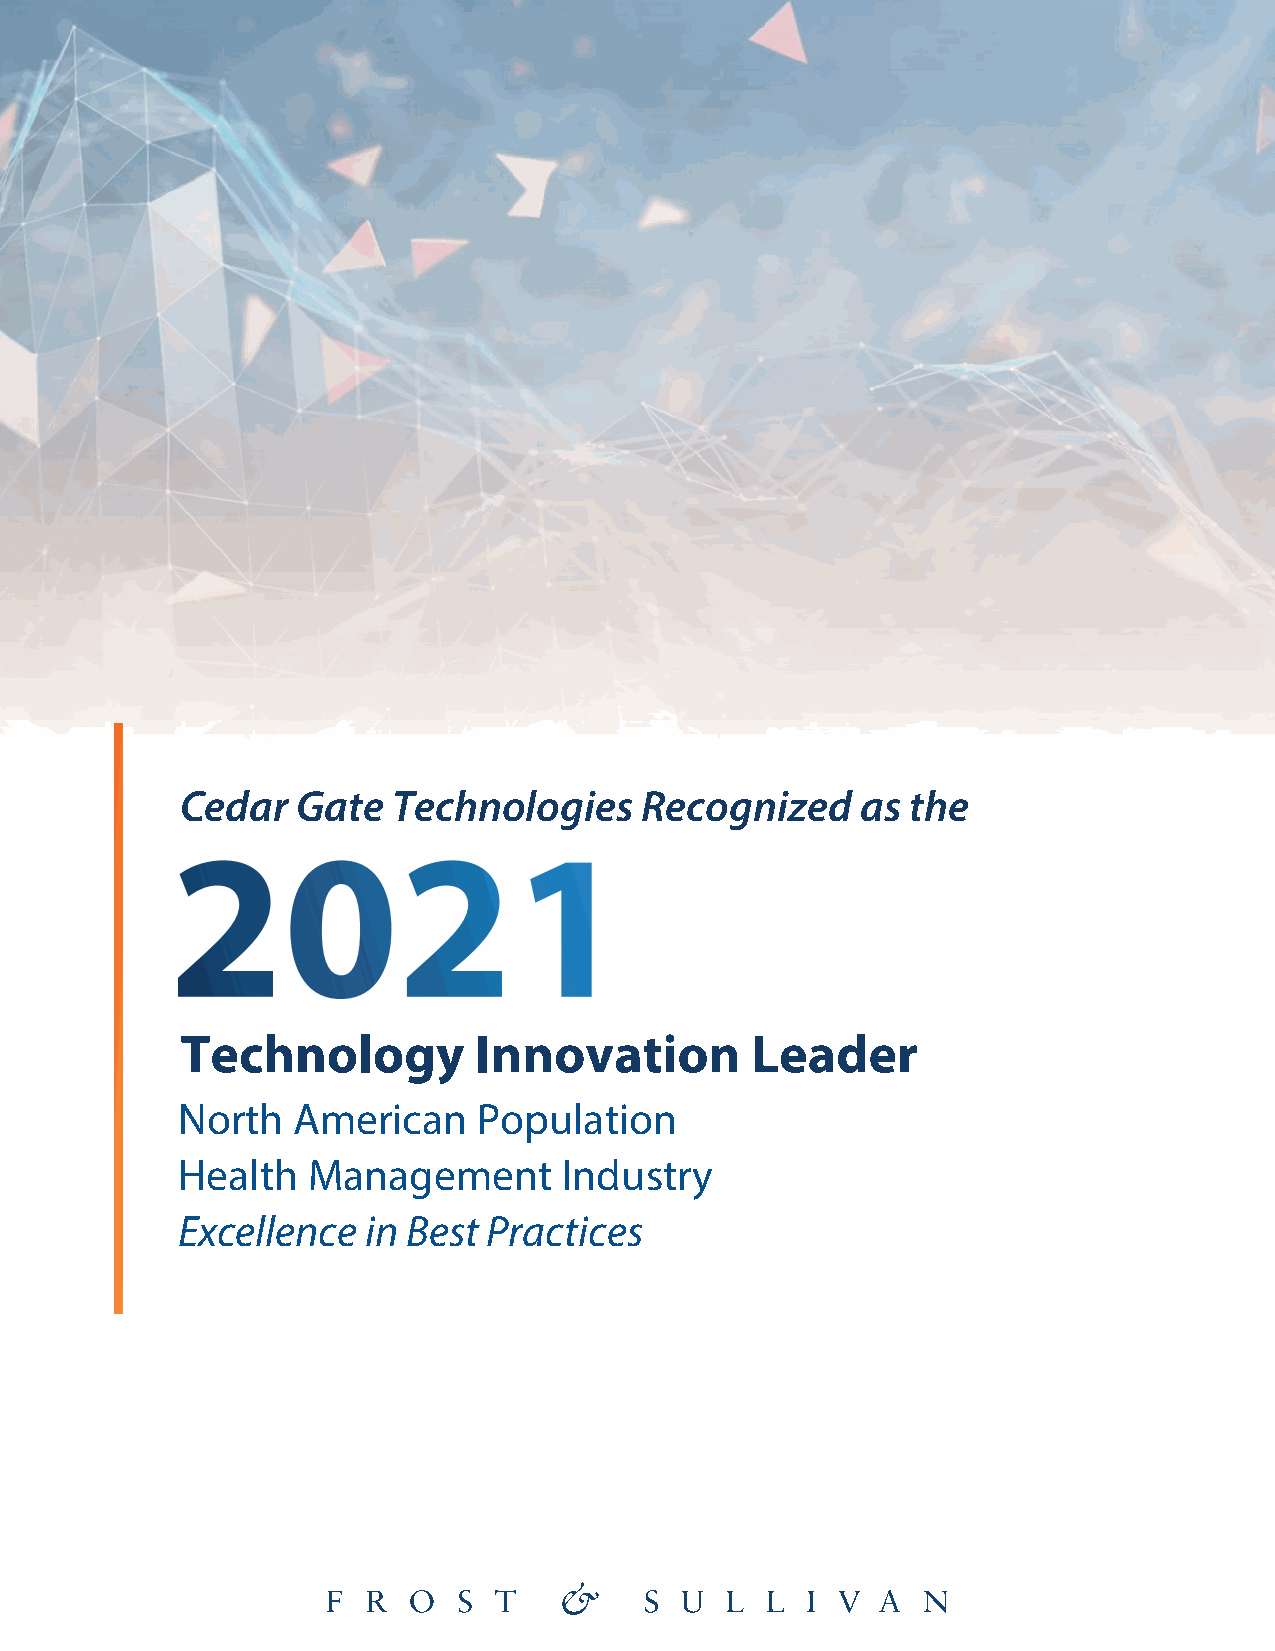
Cedar   Gate  Technologies     Recognized    as the
 Technology         Innovation         Leader
 North  American     Population
 Health  Management       Industry
 Excellence  in Best Practices